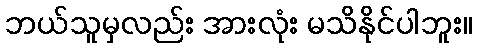
ဘယ်သူမှလည်း အားလုံး မသိနိုင်ပါဘူး။